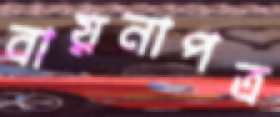
বায়নাপত্র